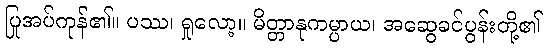
ပြုအပ်ကုန်၏။ ပဿ၊ ရှုလော့။ မိတ္တာနုကမ္ပာယ၊ အဆွေခင်ပွန်းတို့၏